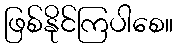
ဖြစ်နိုင်ကြပါစေ။